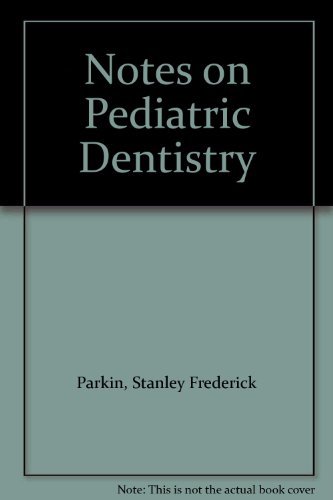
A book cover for Notes on Pediatric Dentistry; Stanley Frederick Parkin; Medical Books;